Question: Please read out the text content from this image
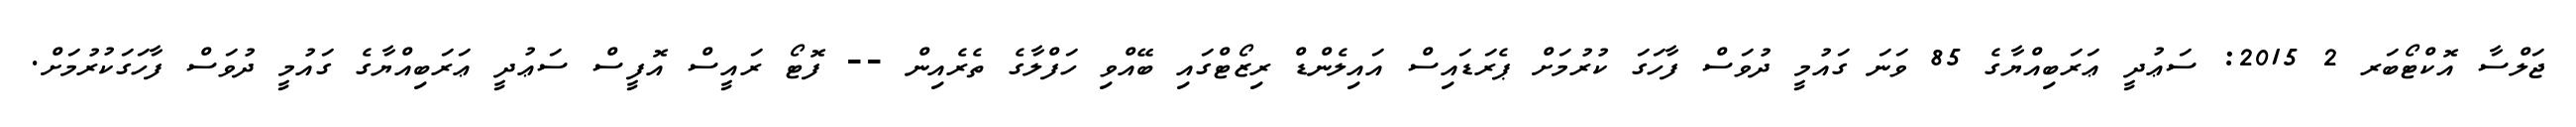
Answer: ޖަލްސާ އޮކްޓޯބަރ 2 2015: ސަޢުދީ ޢަރަބިއްޔާގެ 85 ވަނަ ގައުމީ ދުވަސް ފާހަގަ ކުރުމަށް ޕެރަޑައިސް އައިލެންޑް ރިޒޯޓްގައި ބޭއްވި ހަފްލާގެ ތެރެއިން -- ފޮޓޯ ރައީސް އޮފީސް ސަޢުދީ ޢަރަބިއްޔާގެ ގައުމީ ދުވަސް ފާހަގަކުރުމަށް.